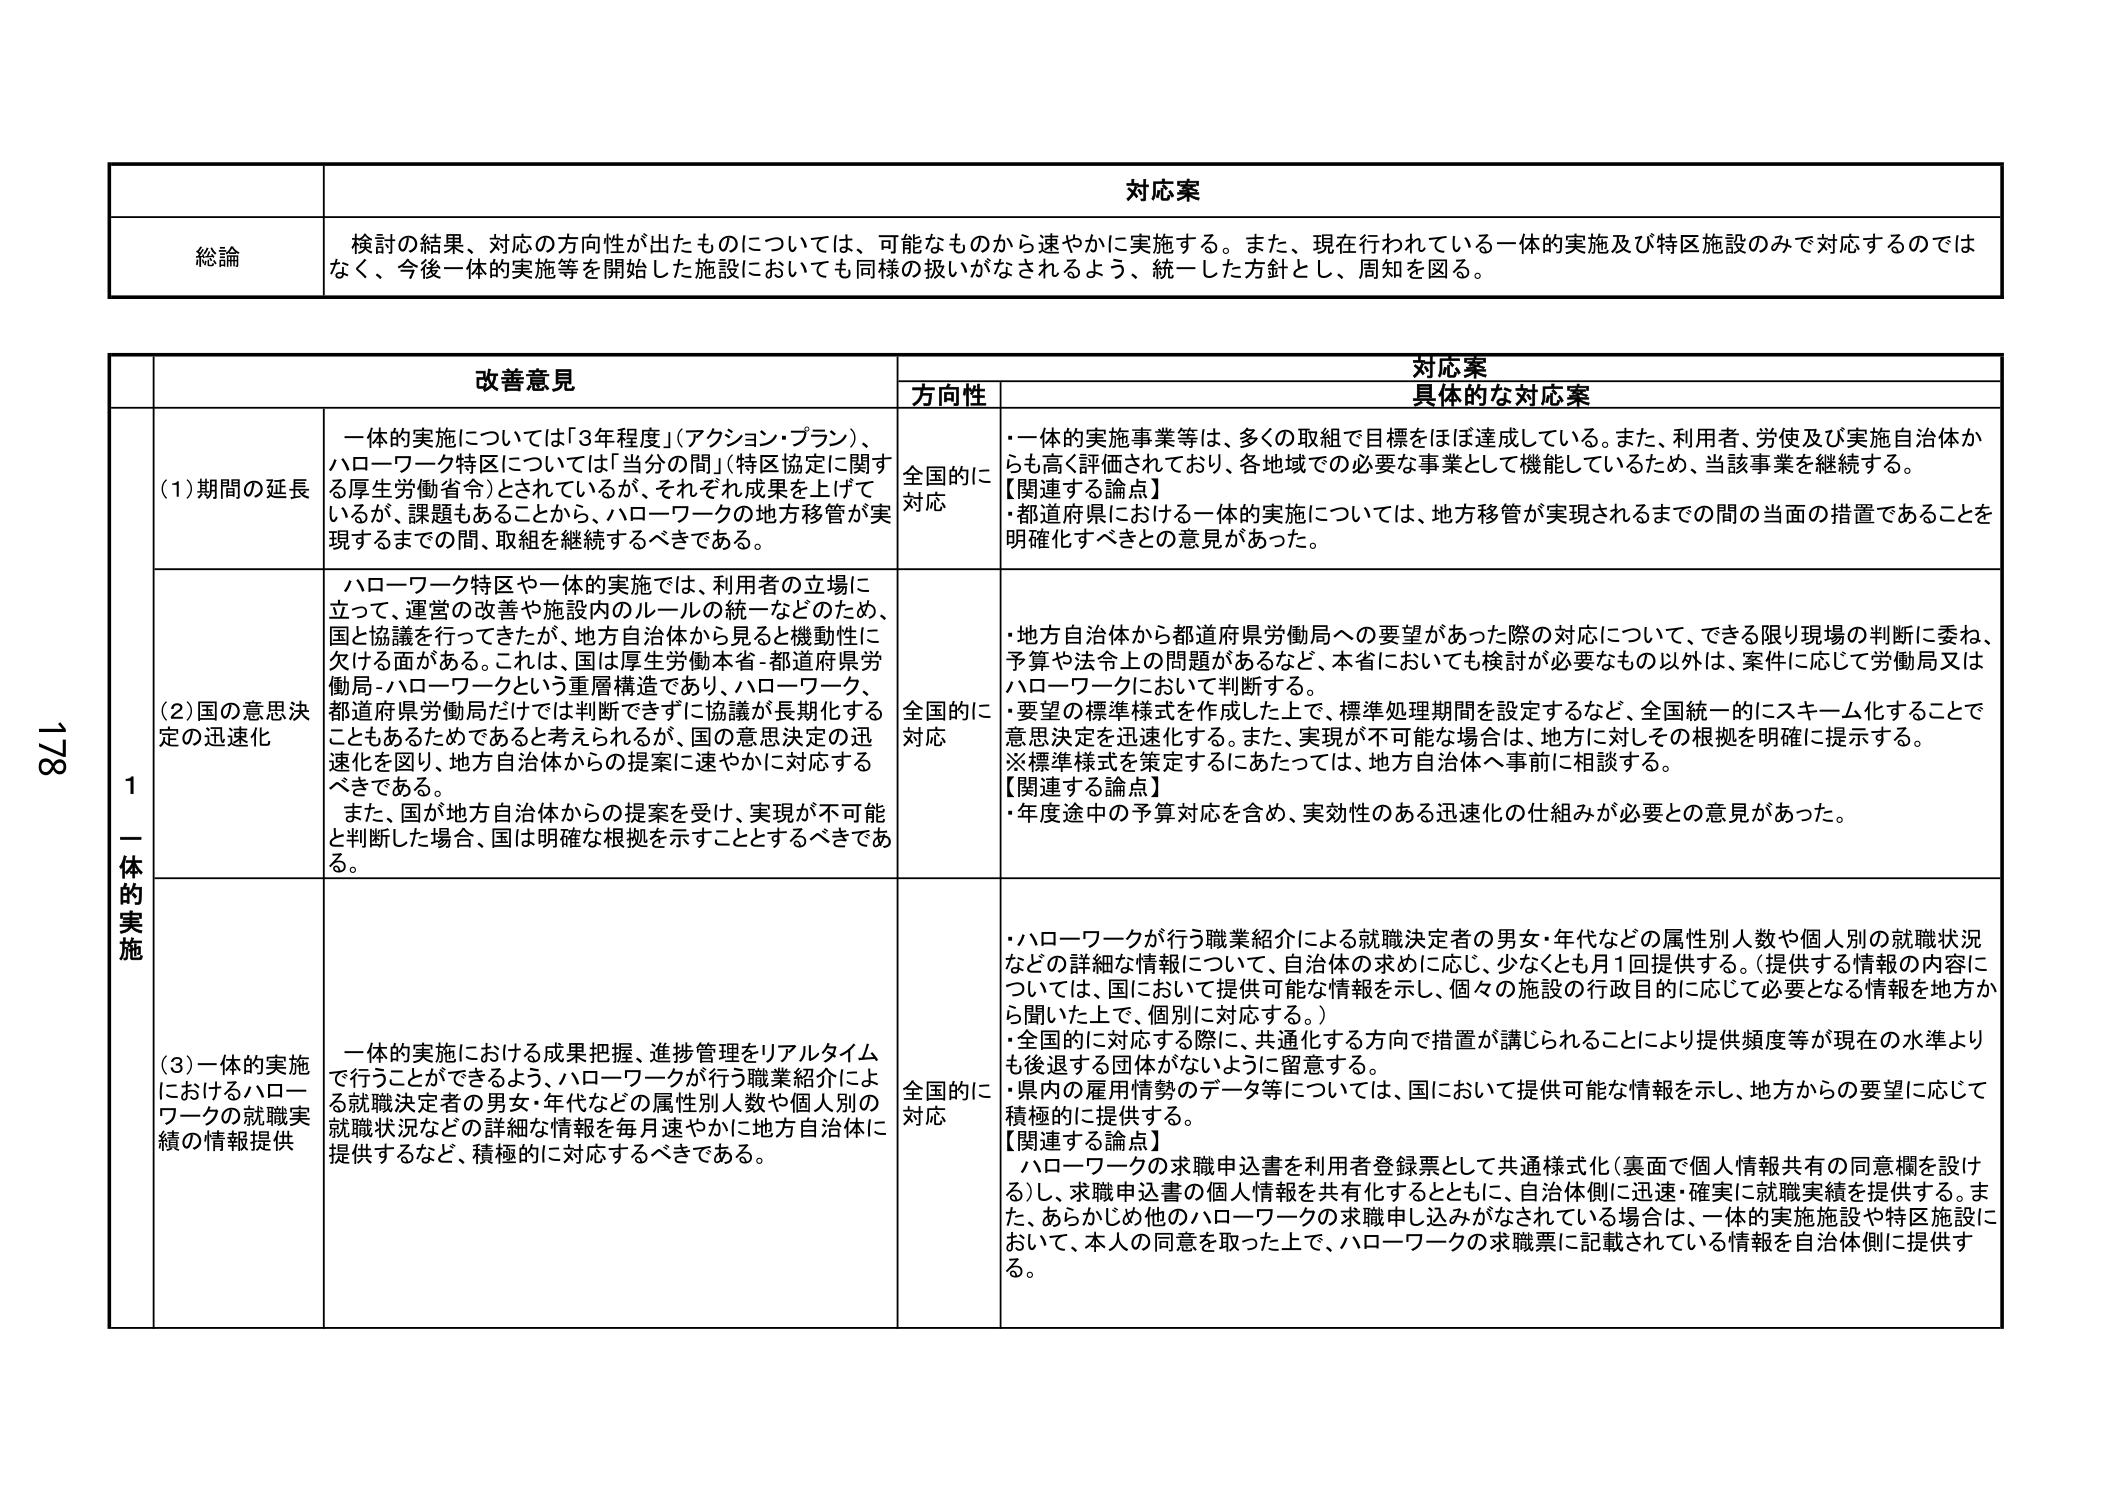
対応案
総論
検討の結果、対応の方向性が出たものについては、可能なものから速やかに実施する。また、現在行われている一体的実施及び特区施設のみで対応するのではなく、今後一体的実施等を開始した施設においても同様の扱いがなされるよう、統一した方針とし、周知を図る。

改善意見
対応案
方向性
具体的な対応案

1 一体的実施
(1)期間の延長
一体的実施については「3年程度」（アクション・プラン）、ハローワーク特区については「当分の間」（特区協定に関する厚生労働省令）とされているが、それぞれ成果を上げているが、課題もあることから、ハローワークの地方移管が実現するまでの間、取組を継続するべきである。
全国的に対応
・一体的実施事業等は、多くの取組で目標をほぼ達成している。また、利用者、労使及び実施自治体からも高く評価されており、各地域での必要な事業として機能しているため、当該事業を継続する。
【関連する論点】
・都道府県における一体的実施については、地方移管が実現されるまでの間の当面の措置であることを明確化すべきとの意見があった。

(2)国の意思決定の迅速化
ハローワーク特区や一体的実施では、利用者の立場に立って、運営の改善や施設内のルールの統一などのため、国と協議を行ってきたが、地方自治体から見ると機動性に欠ける面がある。これは、国は厚生労働本省-都道府県労働局-ハローワークという重層構造であり、ハローワーク、都道府県労働局だけでは判断できずに協議が長期化することもあるためであると考えられるが、国の意思決定の迅速化を図り、地方自治体からの提案に速やかに対応するべきである。
また、国が地方自治体からの提案を受け、実現が不可能と判断した場合、国は明確な根拠を示すこととするべきである。
全国的に対応
・地方自治体から都道府県労働局への要望があった際の対応について、できる限り現場の判断に委ね、予算や法令上の問題があるなど、本省においても検討が必要なもの以外は、案件に応じて労働局又はハローワークにおいて判断する。
・要望の標準様式を作成した上で、標準処理期間を設定するなど、全国統一的にスキーム化することで意思決定を迅速化する。また、実現が不可能な場合は、地方に対しその根拠を明確に提示する。
※標準様式を策定するにあたっては、地方自治体へ事前に相談する。
【関連する論点】
・年度途中の予算対応を含め、実効性のある迅速化の仕組みが必要との意見があった。

(3)一体的実施におけるハローワークの就職実績の情報提供
一体的実施における成果把握、進捗管理をリアルタイムで行うことができるよう、ハローワークが行う職業紹介による就職決定者の男女・年代などの属性別人数や個人別の就職状況などの詳細な情報を毎月速やかに地方自治体に提供するなど、積極的に対応するべきである。
全国的に対応
・ハローワークが行う職業紹介による就職決定者の男女・年代などの属性別人数や個人別の就職状況などの詳細な情報について、自治体の求めに応じ、少なくとも月1回提供する。（提供する情報の内容については、国において提供可能な情報を示し、個々の施設の行政目的に応じて必要となる情報を地方から聞いた上で、個別に対応する。）
・全国的に対応する際に、共通化する方向で措置が講じられることにより提供頻度等が現在の水準よりも後退する団体がないように留意する。
・県内の雇用情勢のデータ等については、国において提供可能な情報を示し、地方からの要望に応じて積極的に提供する。
【関連する論点】
ハローワークの求職申込書を利用者登録票として共通様式化（裏面で個人情報共有の同意欄を設ける）し、求職申込書の個人情報を共有化するとともに、自治体側に迅速・確実に就職実績を提供する。また、あらかじめ他のハローワークの求職申し込みがなされている場合は、一体的実施施設や特区施設において、本人の同意を取った上で、ハローワークの求職票に記載されている情報を自治体側に提供する。

178